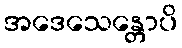
အဒေသေန္တောပိ